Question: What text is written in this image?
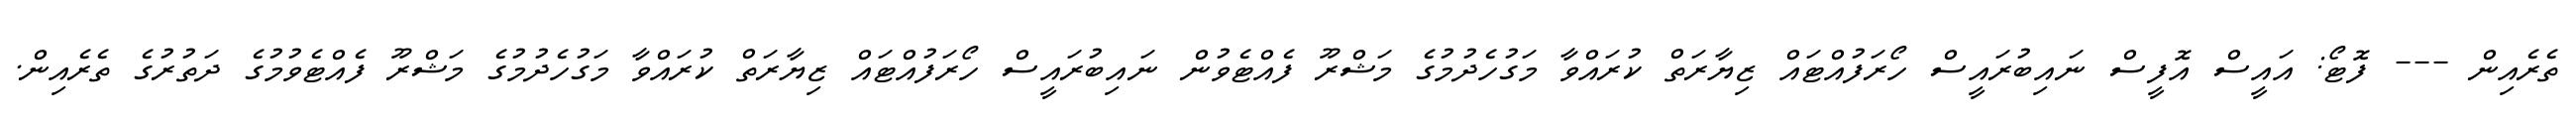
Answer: ތެރެއިން --- ފޮޓޯ: އައީސް އޮފީސް ނައިބުރައީސް ހޯރަފުއްޓައް ޒިޔާރަތް ކުރައްވާ މަގުހެދުމުގެ މަޝްރޫ ފެއްޓެވުން ނައިބުރައީސް ހޯރަފުއްޓައް ޒިޔާރަތް ކުރައްވާ މަގުހެދުމުގެ މަޝްރޫ ފެއްޓެވުމުގެ ދަތުރުގެ ތެރެއިން.